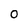
Character: O